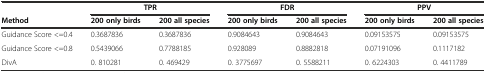
<table><thead><tr><td></td><td colspan="2"><b>TPR</b></td><td colspan="2"><b>FDR</b></td><td colspan="2"><b>PPV</b></td></tr><tr><td><b>Method</b></td><td><b>200 only birds</b></td><td><b>200 all species</b></td><td><b>200 only birds</b></td><td><b>200 all species</b></td><td><b>200 only birds</b></td><td><b>200 all species</b></td></tr></thead><tbody><tr><td>Guidance Score &lt;=0.4</td><td>0.3687836</td><td>0.3687836</td><td>0.9084643</td><td>0.9084643</td><td>0.09153575</td><td>0.09153575</td></tr><tr><td>Guidance Score &lt;=0.8</td><td>0.5439066</td><td>0.7788185</td><td>0.928089</td><td>0.8882818</td><td>0.07191096</td><td>0.1117182</td></tr><tr><td>DivA</td><td>0. 810281</td><td>0. 469429</td><td>0. 3775697</td><td>0. 5588211</td><td>0. 6224303</td><td>0. 4411789</td></tr></tbody></table>